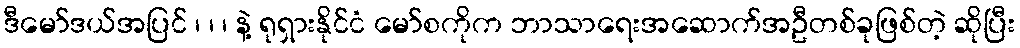
ဒီမော်ဒယ်အပြင် ၊ ၊ ၊ နဲ့ ရုရှားနိုင်ငံ မော်စကိုက ဘာသာရေးအဆောက်အဦတစ်ခုဖြစ်တဲ့ ဆိုပြီး